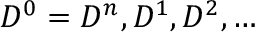
D ^ { 0 } = D ^ { n } , D ^ { 1 } , D ^ { 2 } , \ldots